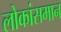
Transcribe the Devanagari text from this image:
लोकांसमान